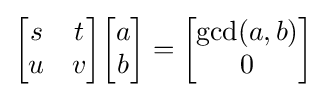
{\begin{bmatrix}s&t\\u&v\end{bmatrix}}{\begin{bmatrix}a\\b\end{bmatrix}}={\begin{bmatrix}\gcd(a,b)\\0\end{bmatrix}}